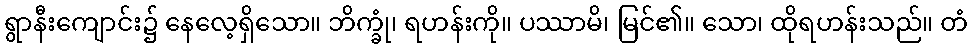
ရွာနီးကျောင်း၌ နေလေ့ရှိသော။ ဘိက္ခုံ၊ ရဟန်းကို။ ပဿာမိ၊ မြင်၏။ သော၊ ထိုရဟန်းသည်။ တံ